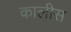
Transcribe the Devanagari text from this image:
कालीस